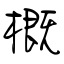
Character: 概